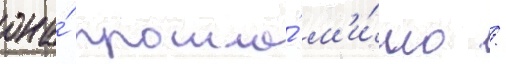
она́ прошла́ м'и́мо /